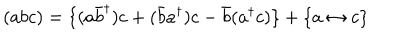
( a b c ) = \{ ( a \bar { b } ^ { \dagger } ) c + ( \bar { b } a ^ { \dagger } ) c - \bar { b } ( a ^ { \dagger } c ) \} + \{ a \leftrightarrow c \}